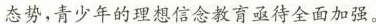
态势，青少年的理想信念教育亟待全面加强。